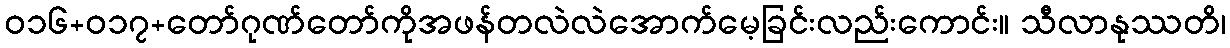
ဝ၁၆+၀၁၇+တော်ဂုဏ်တော်ကိုအဖန်တလဲလဲအောက်မေ့ခြင်းလည်းကောင်း။ သီလာနုဿတိ၊